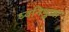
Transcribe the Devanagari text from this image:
ध्वनिभुजा